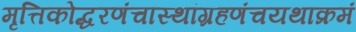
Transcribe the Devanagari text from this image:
मृत्तिकोद्धरणंचास्थांग्रहणंचयथाक्रमं